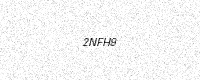
Text: 2NFH9